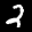
Label: 2